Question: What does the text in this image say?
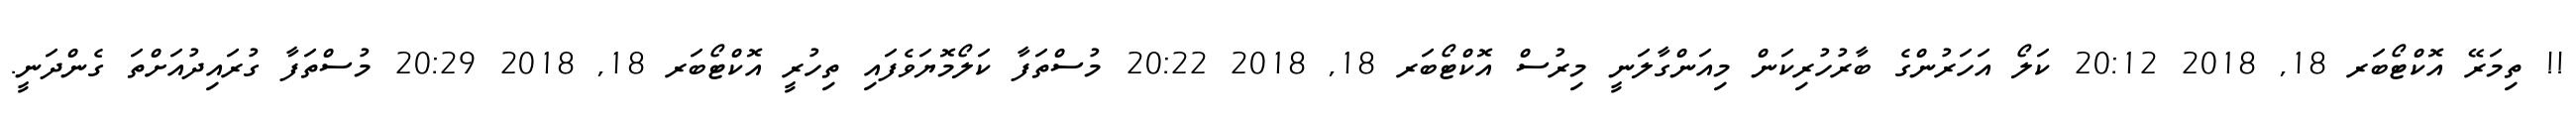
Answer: !! ތިމަރޭ އޮކްޓޯބަރ 18, 2018 20:12 ކަލޯ އަހަރުންގެ ބާރުހުރިކަން މިއަންގާލަނީ މިރުސް އޮކްޓޯބަރ 18, 2018 20:22 މުސްތަފާ ކަލޯމޮޔަވެފައި ތިހުރީ އޮކްޓޯބަރ 18, 2018 20:29 މުސްތަފާ ގުރައިދުއަށްތަ ގެންދަނީ.